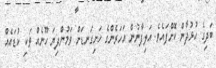
ބަދިގެ ހުޅުދާން ކޮށްފައެވެ. އަލިފާނުން އަހަރެންގެ ހަށިގަނޑަށް ވަމުންދިޔަ ހޫނެއް ވަކި ކުޑައެއް